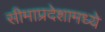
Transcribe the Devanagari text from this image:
सीमाप्रदेशामध्ये